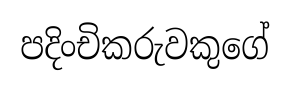
පදිංචිකරුවකුගේ